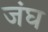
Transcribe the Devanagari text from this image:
जंघ